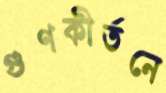
গুণকীর্তনে